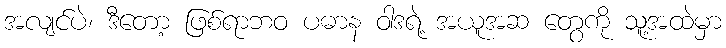
အလျင်ပဲ၊ ဒီတော့ ဖြစ်ရာဘဝ ပဓာန ဝါဒရဲ့ အယူအဆ တွေကို သူ့အထဲမှာ